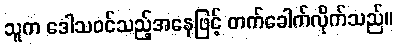
သူက ဒေါသဝင်သည့်အနေဖြင့် တက်ခေါက်လိုက်သည်။